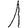
Digit: 1